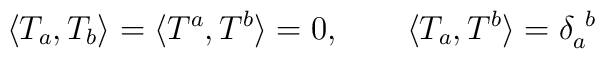
\langle T_{a},T_{b}\rangle =\langle T^{a},T^{b}\rangle =0,~~~~~~\langle T_{a},T^{b}\rangle =\delta_{a}^{~b}